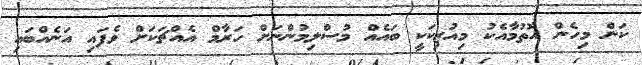
ކަން މިހެން އޮތުމާއެކު މިއުޒިކަކީ ބައެއް މުސްލިމުންނަށް ހަރާމް އެއްޗަކަށް ވެފައި އަނެއްބައި